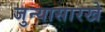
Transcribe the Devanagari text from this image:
जुन्यासारखे